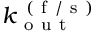
k _ { \mathrm { ~ o ~ u ~ t ~ } } ^ { \mathrm { ~ ( ~ f ~ / ~ s ~ ) ~ } }